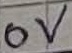
Text: 0V